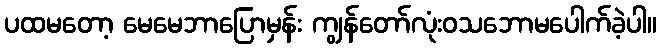
ပထမတော့ မေမေဘာပြောမှန်း ကျွန်တော်လုံးဝသဘောမပေါက်ခဲ့ပါ။